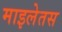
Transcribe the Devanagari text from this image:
माइलेतस